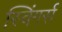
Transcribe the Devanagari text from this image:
स्विंगर्स